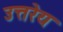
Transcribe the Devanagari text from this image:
उत्तरेय